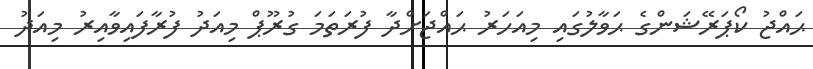
ޙައްޖު ކޯޕަރޭޝަންގެ ޙަވާލުގައި މިއަހަރު ޙައްޖަށްދާ ފުރަތަމަ ގުރޫޕް މިއަދު ފުރާފައިވާއިރު މިއަދު